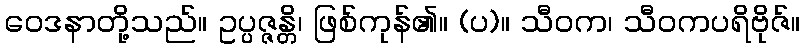
ဝေဒနာတို့သည်။ ဥပ္ပဇ္ဇန္တိ၊ ဖြစ်ကုန်၏။ (ပ)။ သီဝက၊ သီဝကပရိဗိုဇ်။